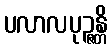
ပလာလပုဉ္ဇန္တိ